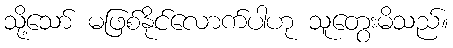
သို့သော် မဖြစ်နိုင်လောက်ပါဟု သူတွေးမိသည်။